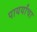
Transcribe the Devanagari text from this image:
पायर्यांचा